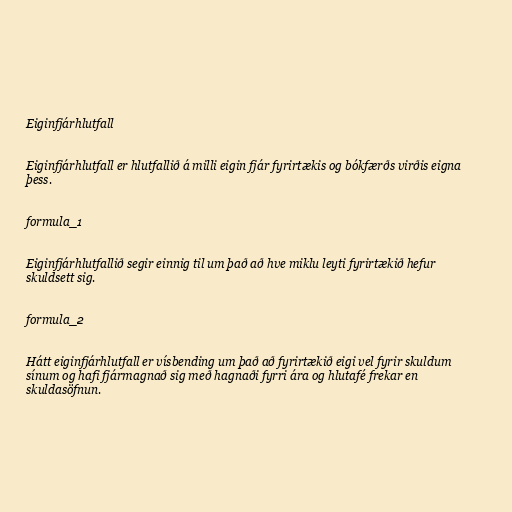
Eiginfjárhlutfall

Eiginfjárhlutfall er hlutfallið á milli eigin fjár fyrirtækis og bókfærðs virðis eigna
þess.

formula_1

Eiginfjárhlutfallið segir einnig til um það að hve miklu leyti fyrirtækið hefur
skuldsett sig.

formula_2

Hátt eiginfjárhlutfall er vísbending um það að fyrirtækið eigi vel fyrir skuldum
sínum og hafi fjármagnað sig með hagnaði fyrri ára og hlutafé frekar en
skuldasöfnun.